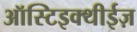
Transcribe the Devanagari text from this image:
ऑस्टिइक्थीईज़